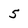
Character: 5